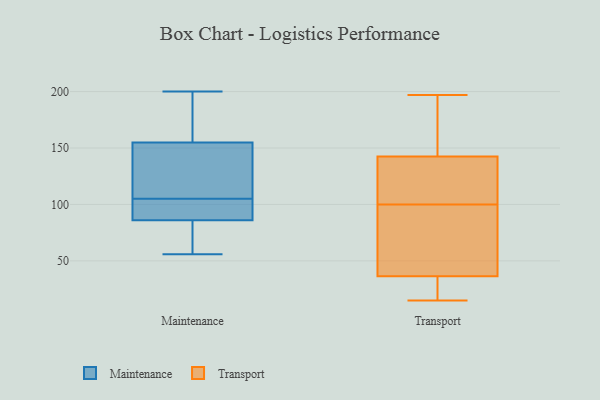
{"axis": {"x": "Market Share (%)", "y": "Value"}, "legend": ["Maintenance", "Transport"], "data": [{"x": "", "y": 155, "type": "Maintenance"}, {"x": "", "y": 135, "type": "Maintenance"}, {"x": "", "y": 157, "type": "Maintenance"}, {"x": "", "y": 87, "type": "Maintenance"}, {"x": "", "y": 190, "type": "Maintenance"}, {"x": "", "y": 86, "type": "Maintenance"}, {"x": "", "y": 88, "type": "Maintenance"}, {"x": "", "y": 56, "type": "Maintenance"}, {"x": "", "y": 200, "type": "Maintenance"}, {"x": "", "y": 63, "type": "Maintenance"}, {"x": "", "y": 121, "type": "Maintenance"}, {"x": "", "y": 82, "type": "Maintenance"}, {"x": "", "y": 111, "type": "Maintenance"}, {"x": "", "y": 99, "type": "Maintenance"}, {"x": "", "y": 30, "type": "Transport"}, {"x": "", "y": 102, "type": "Transport"}, {"x": "", "y": 169, "type": "Transport"}, {"x": "", "y": 85, "type": "Transport"}, {"x": "", "y": 98, "type": "Transport"}, {"x": "", "y": 103, "type": "Transport"}, {"x": "", "y": 59, "type": "Transport"}, {"x": "", "y": 15, "type": "Transport"}, {"x": "", "y": 171, "type": "Transport"}, {"x": "", "y": 197, "type": "Transport"}, {"x": "", "y": 38, "type": "Transport"}, {"x": "", "y": 151, "type": "Transport"}, {"x": "", "y": 134, "type": "Transport"}, {"x": "", "y": 35, "type": "Transport"}, {"x": "", "y": 18, "type": "Transport"}, {"x": "", "y": 126, "type": "Transport"}]}